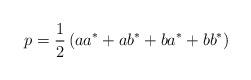
LaTeX: \begin{align*} p = \frac{1}{2}\left( aa^* + ab^* + ba^* + bb^*\right)\end{align*}